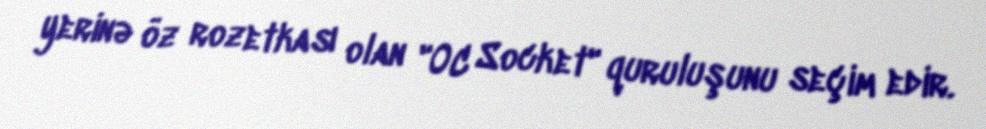
yerinə öz rozetkası olan "OC Socket" quruluşunu seçim edir.